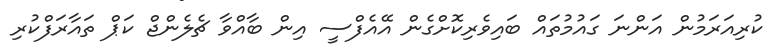
ކުރިއަރަމުން އަންނަ ގައުމުތައް ބައިވެރިކޮށްގެން އޭއެފްސީ އިން ބާއްވާ ޗެލެންޖް ކަޕް ތައާރަފްކުރި